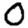
Digit: 0